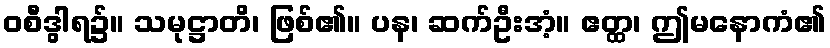
ဝစီဒွါရ၌။ သမုဋ္ဌာတိ၊ ဖြစ်၏။ ပန၊ ဆက်ဦးအံ့။ ဧတ္ထ၊ ဤမနောကံ၏